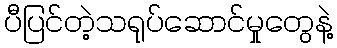
ပီပြင်တဲ့သရုပ်ဆောင်မှုတွေနဲ့